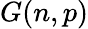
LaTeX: G(n,p)